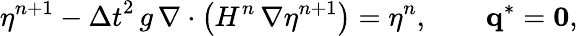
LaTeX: \eta^{n+1}-{\Delta t}^{2}\, g\, \nabla\cdot\left(H^{n}\, \nabla\eta^{n+1}\right)=\eta^{n},\qquad\mathbf{q}^{*}=\mathbf{0},